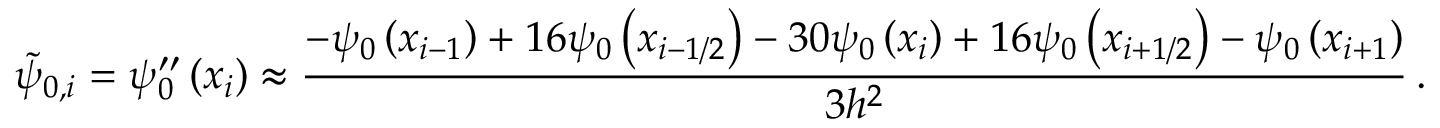
\tilde { \psi } _ { 0 , i } = { \psi } _ { 0 } ^ { \prime \prime } \left( { x } _ { i } \right) \approx \frac { - { \psi } _ { 0 } \left( { x } _ { i - 1 } \right) + { 1 6 } { \psi } _ { 0 } \left( { x } _ { i - 1 / 2 } \right) - { 3 0 } { \psi } _ { 0 } \left( { x } _ { i } \right) + { 1 6 } { \psi } _ { 0 } \left( { x } _ { i + 1 / 2 } \right) - { \psi } _ { 0 } \left( { x } _ { i + 1 } \right) } { { 3 } { h } ^ { 2 } } \, .